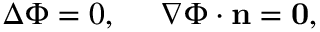
\Delta \Phi = 0 , \ \ \ \ \nabla \Phi \cdot \mathbf { n } = \mathbf { 0 } ,